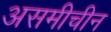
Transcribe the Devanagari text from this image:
असमीचीन